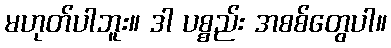
မဟုတ်ပါဘူး။ ဒါ ပစ္စည်း အစစ်တွေပါ။